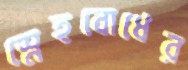
স্নেহবোধের